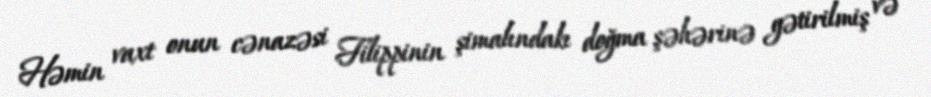
Həmin vaxt onun cənazəsi Filippinin şimalındakı doğma şəhərinə gətirilmiş və